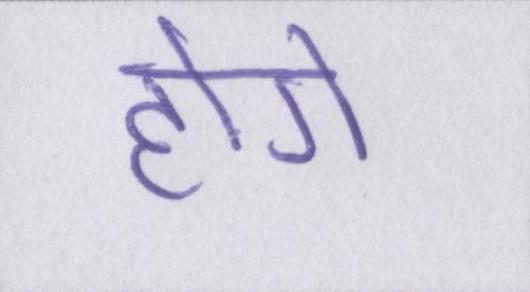
होगे